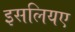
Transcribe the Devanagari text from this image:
इसलियए